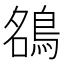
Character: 𮬶